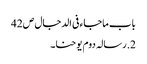
باب ماجاء فی الدجال ص42
2.رسالہ دوم یوحنا۔